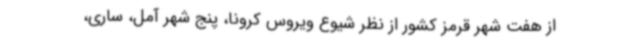
از هفت شهر قرمز کشور از نظر شیوع ویروس کرونا، پنج شهر آمل، ساری،